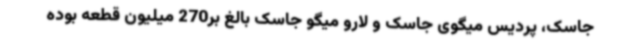
جاسک، پردیس میگوی جاسک و لارو میگو جاسک بالغ بر270 میلیون قطعه بوده